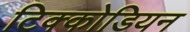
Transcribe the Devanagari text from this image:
टिक्कोडियन